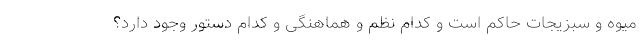
میوه و سبزیجات حاکم است و کدام نظم و هماهنگی و کدام دستور وجود دارد؟